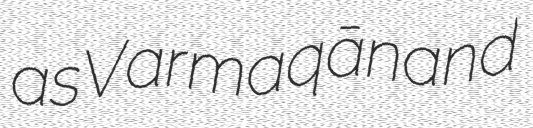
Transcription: as Varmaqān and